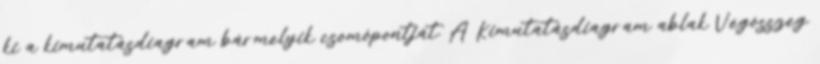
ki a kimutatásdiagram bármelyik csomópontját. A Kimutatásdiagram ablak Végösszeg